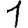
Digit: 1